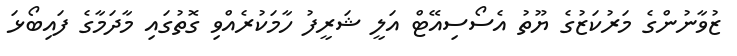
ޒުވާނުންގެ މަރުކަޒުގެ ޔޫތު އެސޯސިއޭޓް އަލީ ޝަރީފު ހާމަކުރެއްވި ގޮތުގައި މާދަމާގެ ފައިބޯޅަ